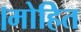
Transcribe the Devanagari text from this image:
।मोहित